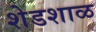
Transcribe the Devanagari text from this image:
शेडशाळ